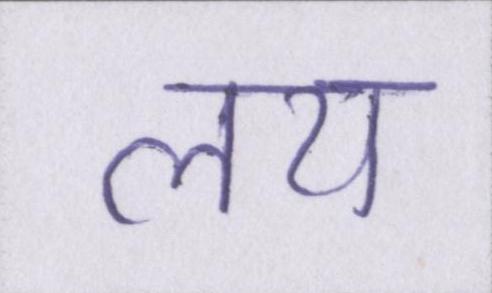
लय